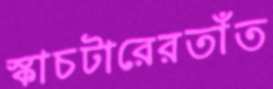
স্কাচটারেরতাঁত